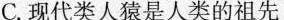
C.现代类人猿是人类的祖先